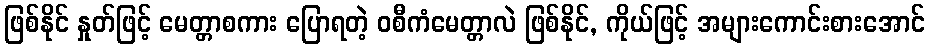
ဖြစ်နိုင် နှုတ်ဖြင့် မေတ္တာစကား ပြောရတဲ့ ဝစီကံမေတ္တာလဲ ဖြစ်နိုင်, ကိုယ်ဖြင့် အများကောင်းစားအောင်